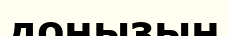
доңызың